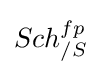
Sch_{/S}^{fp}